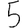
Digit: 5